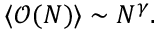
\langle { \mathcal O } ( N ) \rangle \sim N ^ { \gamma } .